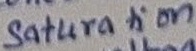
Text: Saturation